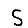
Digit: 5